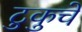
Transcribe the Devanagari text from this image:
टुकुचे